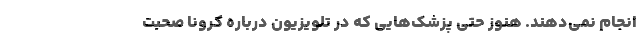
انجام نمی‌دهند. هنوز حتی پزشک‌هایی که در تلویزیون درباره کرونا صحبت